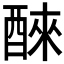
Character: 𫑹